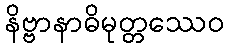
နိဗ္ဗာနာဓိမုတ္တဿေဝ